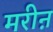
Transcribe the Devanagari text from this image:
मरीऩ